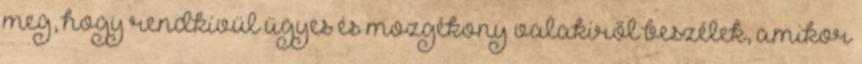
meg, hogy rendkívül ügyes és mozgékony valakiről beszélek, amikor